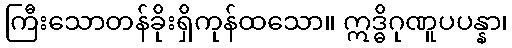
ကြီးသောတန်ခိုးရှိကုန်ထသော။ ဣဒ္ဓိဂုဏူပပန္နာ၊